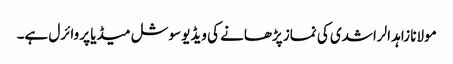
مولانا زاہد الراشدی کی نماز پڑھانے کی ویڈیو سوشل میڈیا پر وائرل ہے۔